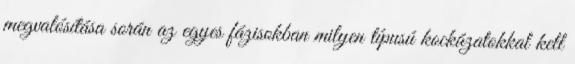
megvalósítása során az egyes fázisokban milyen típusú kockázatokkal kell